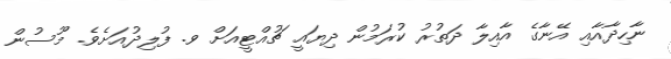
ނާހިދާއާއި އޭނާގެ އާއިލާ ދަތުރު ކުރަމުން ދިޔައީ ޗުއްޓީއަށް ވ. ފުލިދުއަށެވެ. މޫސުން